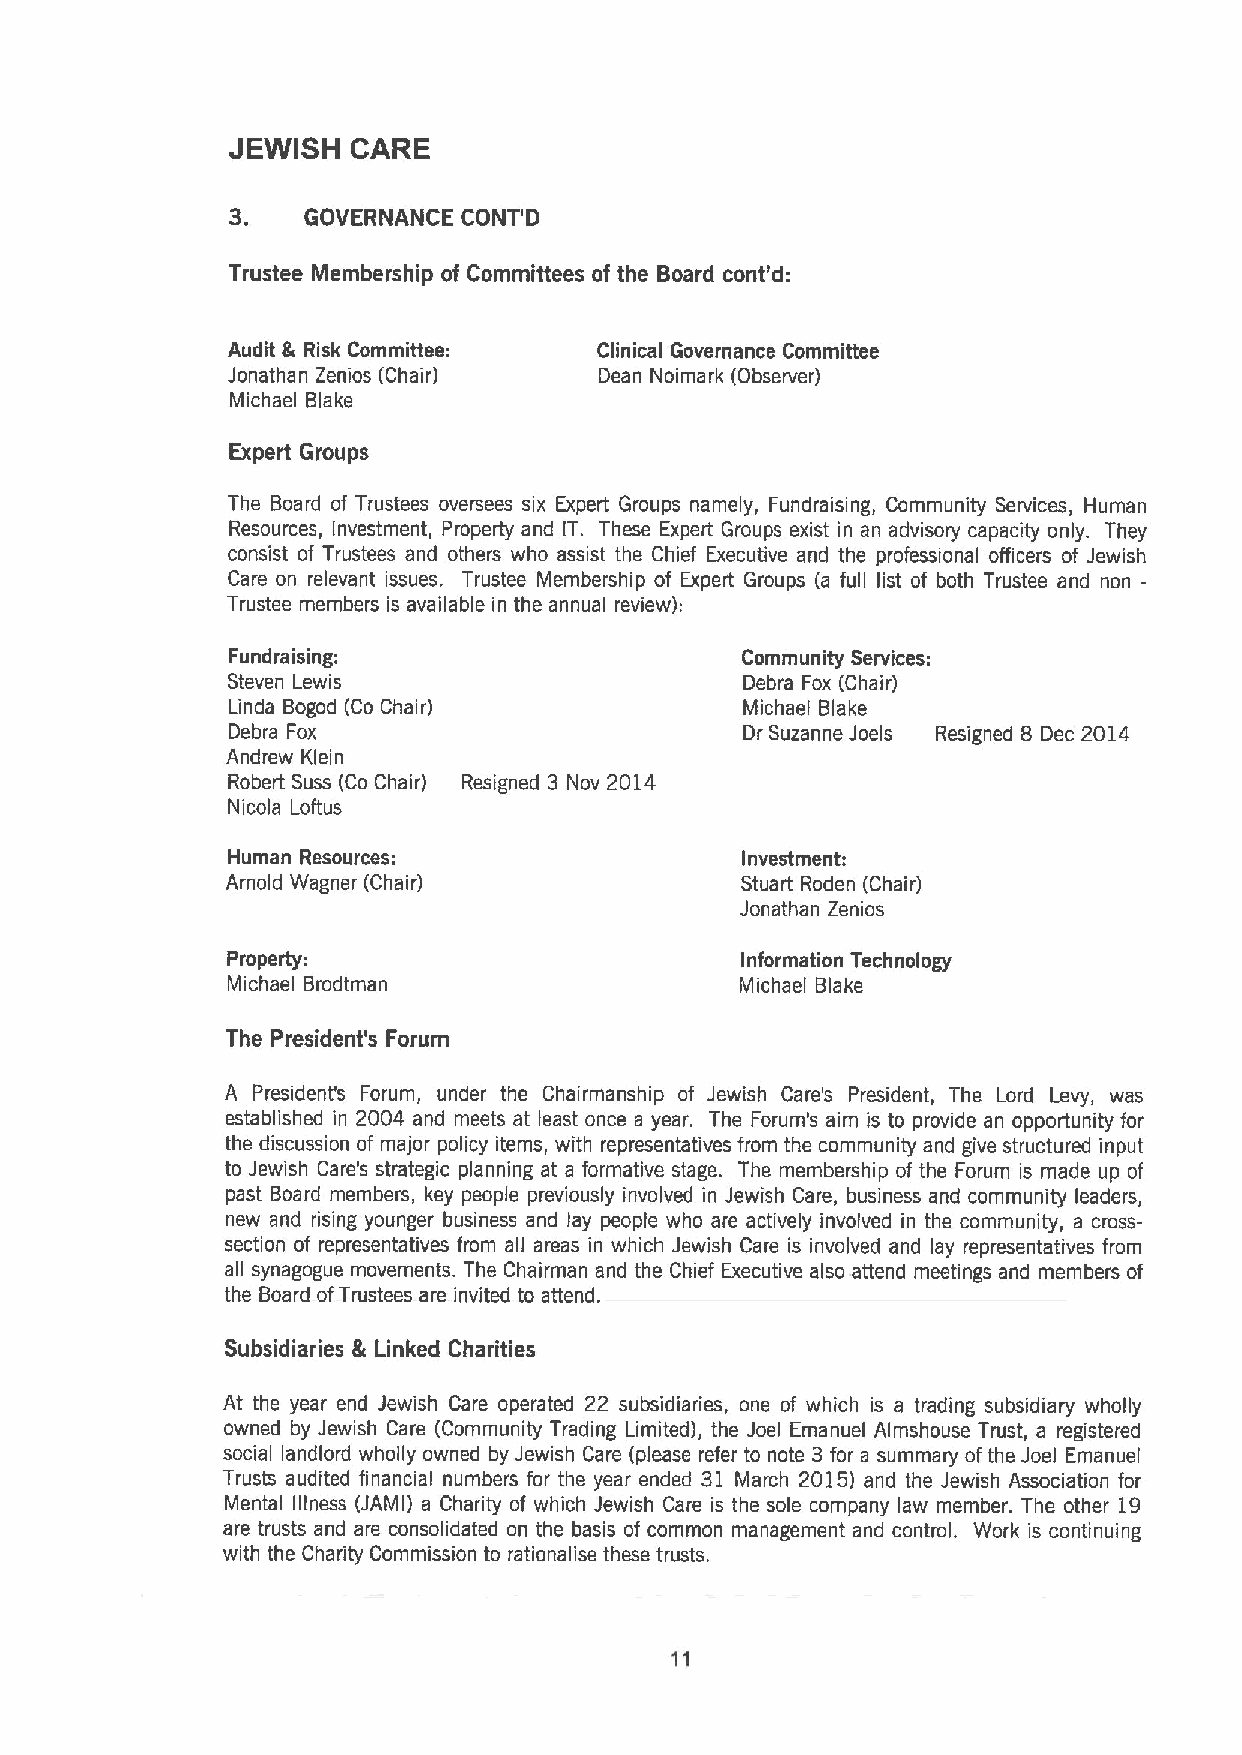
JEWISH  CARE
 3.
 GOVERNANCE CONT'D
 Trustee Membership of Committees of the Board cont'd:
 Audit Ik Risk Committee: Clinical Governance Committee
 Jonathan Zenios (Chair)  Dean Noimark (Observer)
 Michael Blake
 Expert Groups
 The Board of Trustees oversees six Expert Groups namely, Fundraising, Community Services, Human
 Resources, Investment, Property and IT. These Expert Groups exist in an advisory capacity only. They
 consist of Trustees and others who assist the Chief Executive and the professional officers of Jewish
 Care on relevant issues. Trustee Membership of Expert Groups (a full list of both Trustee and non-
 Trustee members is available in the annual review):
 Fundraising:                      Community Services:
 Steven Lewis                      Debra Fox (Chair)
 Linda Bogod (Co Chair)            Michael Blake
 Debra Fox                         Dr Suzanne Joels Resigned 8 Dec 2014
 Andrew Klein
 Robert Suss (Co Chair) Resigned 3 Nov 2014
 Nicola Loftus
 Human Resources:                  Investment:
 Arnold Wagner (Chair)             Stuart Roden (Chair)
 Jonathan Zenios
 Property:                         Information Technology
 Michael Brodtman                  Michael Blake
 The President's Forum
 A President's Forum, under the Chairmanship of Jewish Care's President, The Lord Levy, was
 established in 2004 and meets at least once a year. The Forum's aim is to provide an opportunity for
 the discussion of major policy items, with representatives from the community and give structured input
 to Jewish Care's strategic planning at a formative stage. The membership of the Forum is made up of
 past Board members, key people previously involved in Jewish Care, business and community leaders,
 new and rising younger business and lay people who are actively involved in the community, a cross-
 section of representatives from all areas in which Jewish Care is involved and lay representatives from
 all synagogue movements. The Chairman and the Chief Executive also attend meetings and members of
 the Board ofTrustees are invited to attend.
 Subsidiaries & Linked Charities
 At the year end Jewish Care operated 22 subsidiaries, one of which is a trading subsidiary wholly
 owned by Jewish Care (Community Trading Limited), the Joel Emanuel Almshouse Trust, a registered
 social landlord wholly owned by Jewish Care (please refer to note 3 for a summary ofthe Joel Emanuel
 Trusts audited financial numbers for the year ended 31 March 2015) and the Jewish Association for
 Mental illness (JAMI) a Charity of which Jewish Care is the sole company law member. The other 19
 are trusts and are consolidated on the basis of common management and control. Work is continuing
 with the Charity Commission to rationalise these trusts.
 11